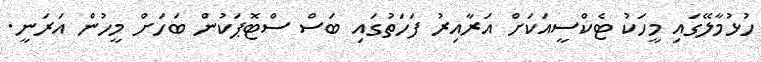
ހުޅުމާލޭގައި މީހަކު ޓެކްސީއަކަށް އަރާއިރު ފަހަތުގައި ބަސް ސްޓޮޕަކުން ބަހަށް މީހުން އަރަނީ.